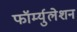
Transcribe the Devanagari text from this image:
फॉर्म्युलेशन